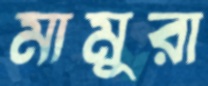
মামুরা